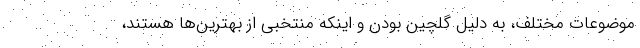
موضوعات مختلف، به دلیل گلچین بودن و اینکه منتخبی از بهترین‌ها هستند،